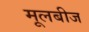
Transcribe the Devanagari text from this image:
मूलबीज